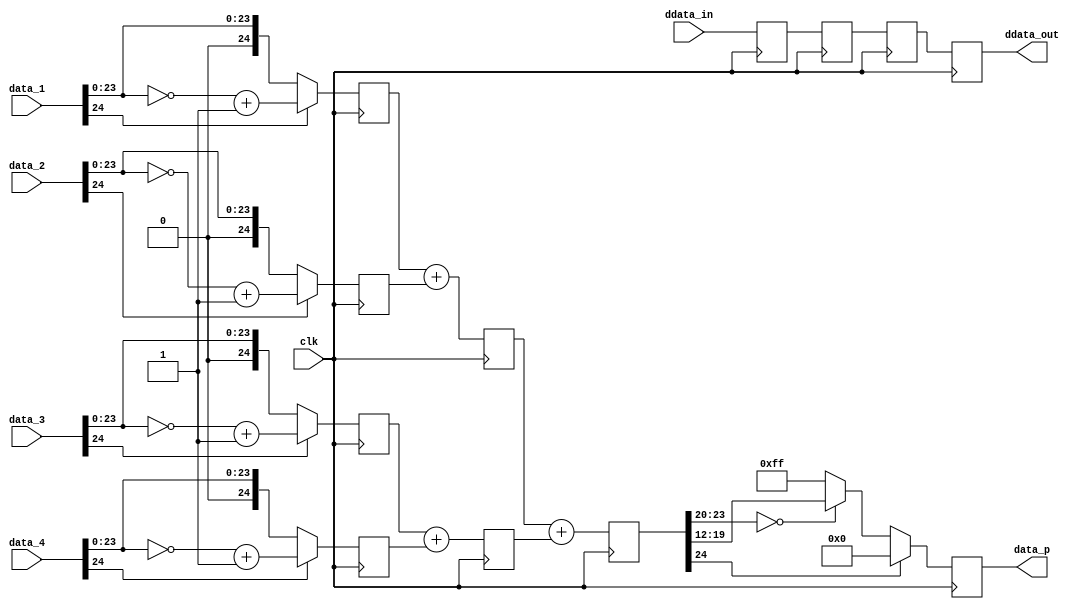
module cf_add (

  // data_p = data_1 + data_2 + data_3 + data_4 (all the inputs are signed)
  clk,
  data_1,
  data_2,
  data_3,
  data_4,
  data_p,

  // ddata_out is internal pipe-line matched for ddata_in
  ddata_in,
  ddata_out);

  // delayed data bus width
  parameter DELAY_DATA_WIDTH = 16;
  parameter DW = DELAY_DATA_WIDTH - 1;

  input           clk;
  input   [24:0]  data_1;
  input   [24:0]  data_2;
  input   [24:0]  data_3;
  input   [24:0]  data_4;
  output  [ 7:0]  data_p;
  input   [DW:0]  ddata_in;
  output  [DW:0]  ddata_out;

  reg     [DW:0]  p1_ddata = 'd0;
  reg     [24:0]  p1_data_1 = 'd0;
  reg     [24:0]  p1_data_2 = 'd0;
  reg     [24:0]  p1_data_3 = 'd0;
  reg     [24:0]  p1_data_4 = 'd0;
  reg     [DW:0]  p2_ddata = 'd0;
  reg     [24:0]  p2_data_0 = 'd0;
  reg     [24:0]  p2_data_1 = 'd0;
  reg     [DW:0]  p3_ddata = 'd0;
  reg     [24:0]  p3_data = 'd0;
  reg     [DW:0]  ddata_out = 'd0;
  reg     [ 7:0]  data_p = 'd0;

  wire    [24:0]  p1_data_1_p_s;
  wire    [24:0]  p1_data_1_n_s;
  wire    [24:0]  p1_data_1_s;
  wire    [24:0]  p1_data_2_p_s;
  wire    [24:0]  p1_data_2_n_s;
  wire    [24:0]  p1_data_2_s;
  wire    [24:0]  p1_data_3_p_s;
  wire    [24:0]  p1_data_3_n_s;
  wire    [24:0]  p1_data_3_s;
  wire    [24:0]  p1_data_4_p_s;
  wire    [24:0]  p1_data_4_n_s;
  wire    [24:0]  p1_data_4_s;

  // pipe line stage 1, get the two's complement versions

  assign p1_data_1_p_s = {1'b0, data_1[23:0]};
  assign p1_data_1_n_s = ~p1_data_1_p_s + 1'b1;
  assign p1_data_1_s = (data_1[24] == 1'b1) ? p1_data_1_n_s : p1_data_1_p_s;

  assign p1_data_2_p_s = {1'b0, data_2[23:0]};
  assign p1_data_2_n_s = ~p1_data_2_p_s + 1'b1;
  assign p1_data_2_s = (data_2[24] == 1'b1) ? p1_data_2_n_s : p1_data_2_p_s;

  assign p1_data_3_p_s = {1'b0, data_3[23:0]};
  assign p1_data_3_n_s = ~p1_data_3_p_s + 1'b1;
  assign p1_data_3_s = (data_3[24] == 1'b1) ? p1_data_3_n_s : p1_data_3_p_s;

  assign p1_data_4_p_s = {1'b0, data_4[23:0]};
  assign p1_data_4_n_s = ~p1_data_4_p_s + 1'b1;
  assign p1_data_4_s = (data_4[24] == 1'b1) ? p1_data_4_n_s : p1_data_4_p_s;

  always @(posedge clk) begin
    p1_ddata <= ddata_in;
    p1_data_1 <= p1_data_1_s;
    p1_data_2 <= p1_data_2_s;
    p1_data_3 <= p1_data_3_s;
    p1_data_4 <= p1_data_4_s;
  end

  // pipe line stage 2, get the sum (intermediate, 4->2)

  always @(posedge clk) begin
    p2_ddata <= p1_ddata;
    p2_data_0 <= p1_data_1 + p1_data_2;
    p2_data_1 <= p1_data_3 + p1_data_4;
  end

  // pipe line stage 3, get the sum (final, 2->1)

  always @(posedge clk) begin
    p3_ddata <= p2_ddata;
    p3_data <= p2_data_0 + p2_data_1;
  end

  // output registers, output is unsigned (0 if sum is < 0) and saturated.
  // the inputs are expected to be 1.4.20 format (output is 8bits).

  always @(posedge clk) begin
    ddata_out <= p3_ddata;
    if (p3_data[24] == 1'b1) begin
      data_p <= 8'h00;
    end else if (p3_data[23:20] == 'd0) begin
      data_p <= p3_data[19:12];
    end else begin
      data_p <= 8'hff;
    end
  end

endmodule